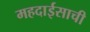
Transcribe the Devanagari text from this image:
महदाईसाची